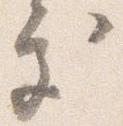
処